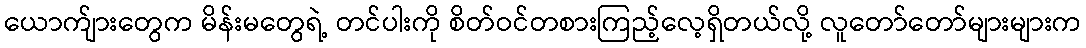
ယောက်ျားတွေက မိန်းမတွေရဲ့ တင်ပါးကို စိတ်ဝင်တစားကြည့်လေ့ရှိတယ်လို့ လူတော်တော်များများက